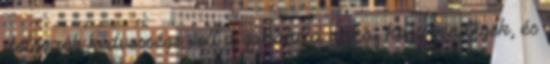
dolgozók kedvessége volt a garancia arra, hogy vendégek, és